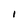
Character: I